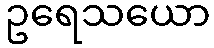
ဥရေသယော